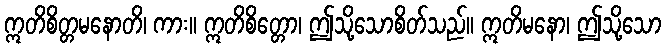
ဣတိစိတ္တမနောတိ၊ ကား။ ဣတိစိတ္တော၊ ဤသို့သောစိတ်သည်။ ဣတိမနော၊ ဤသို့သော